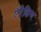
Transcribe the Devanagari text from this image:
ऐरिकिण